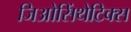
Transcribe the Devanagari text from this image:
जिओसिंथेटिक्स